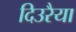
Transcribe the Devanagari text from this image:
दिउरैया